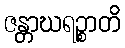
ဇန္တာဃရဉ္စာတိ